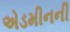
એડમીનની